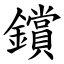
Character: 鑜